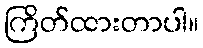
ကြိတ်ထားတာပါ။